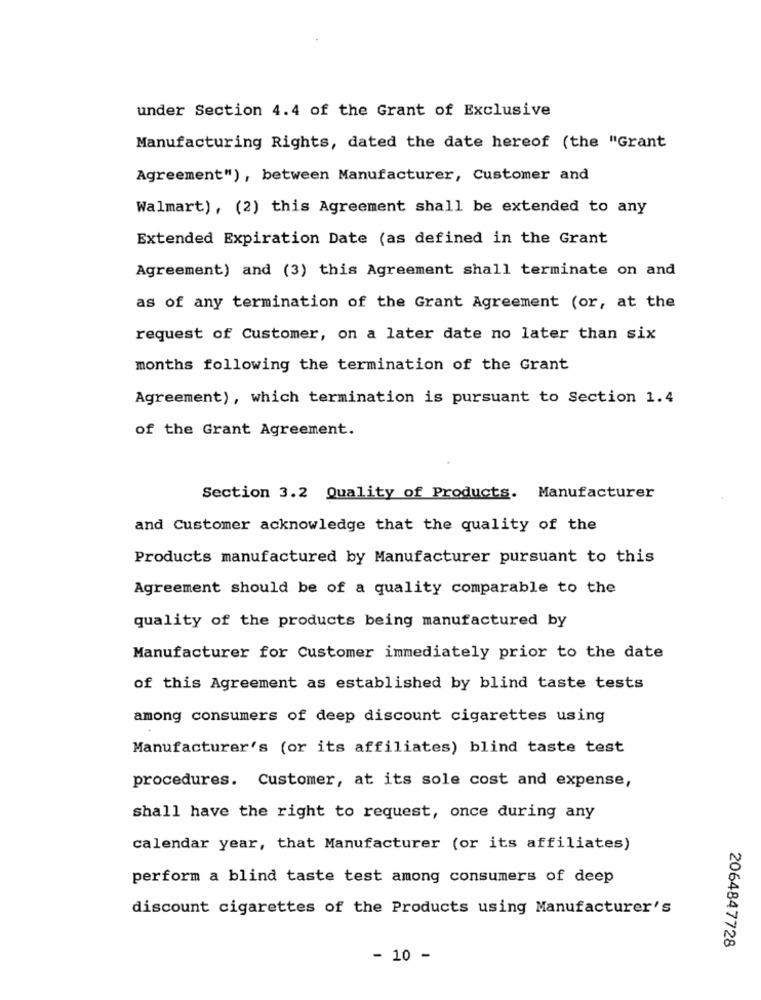
under Section 4.4 of the Grant of Exclusive
Manufacturing Rights, dated the date hereof (the "Grant
Agreement"), between Manufacturer, Customer and
Walmart), (2) this Agreement shall be extended to any
Extended Expiration Date (as defined in the Grant
Agreement) and (3) this Agreement shall terminate on and
as of any termination of the Grant Agreement (or, at the
request of Customer, on a later date no later than six
months following the termination of the Grant
Agreement), which termination is pursuant to Section 1.4
of the Grant Agreement.
Section 3.2 Quality of Products. Manufacturer
and Customer acknowledge that the quality of the
Products manufactured by Manufacturer pursuant to this
Agreement should be of a quality comparable to the
quality of the products being manufactured by
Manufacturer for Customer immediately prior to the date
of this Agreement as established by blind taste tests
among consumers of deep discount cigarettes using
Manufacturer's (or its affiliates) blind taste test
procedures. Customer, at its sole cost and expense,
shall have the right to request, once during any
calendar year, that Manufacturer (or its affiliates)
perform a blind taste test among consumers of deep
discount cigarettes of the Products using Manufacturer's
2064847728
- 10 -